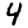
Digit: 4